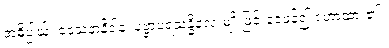
အဓိပ္ပါယ်၊ ဒေသနာနိဒါန၊ ပုဗ္ဗာပရသန္ဓိလေးမျိုးဖြင့် ဝေဖန်၍ ဟောထား၏။